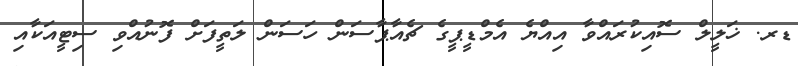
ޑރ. ޚަލީލް ސޮއިކުރައްވާ އިއްޔެ އެމްޑީޕީގެ ޗެއާޕާސަން ހަސަން ލަތީީފަށް ފޮނުއްވި ސިޓީއަކާއި